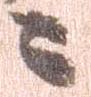
ニ